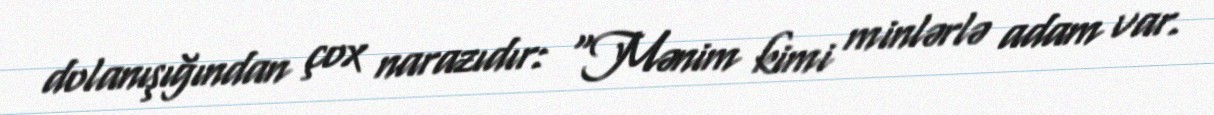
dolanışığından çox narazıdır: “Mənim kimi minlərlə adam var.